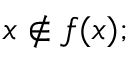
x \notin f ( x ) ;